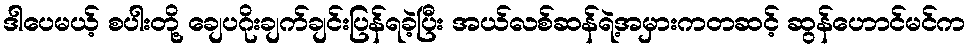
ဒါပေမယ့် စပါးတို့ ချေပဂိုးချက်ချင်းပြန်ရခဲ့ပြီး အယ်လစ်ဆန်ရဲ့အမှားကတဆင့် ဆွန်ဟောင်မင်က